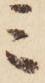
ミ